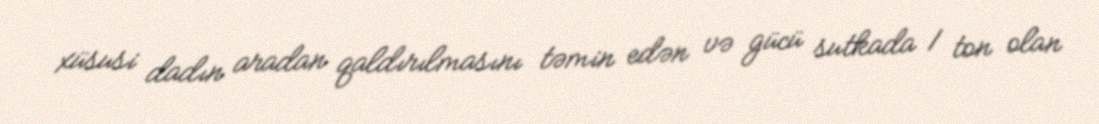
xüsusi dadın aradan qaldırılmasını təmin edən və gücü sutkada 1 ton olan